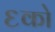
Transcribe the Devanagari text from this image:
६को